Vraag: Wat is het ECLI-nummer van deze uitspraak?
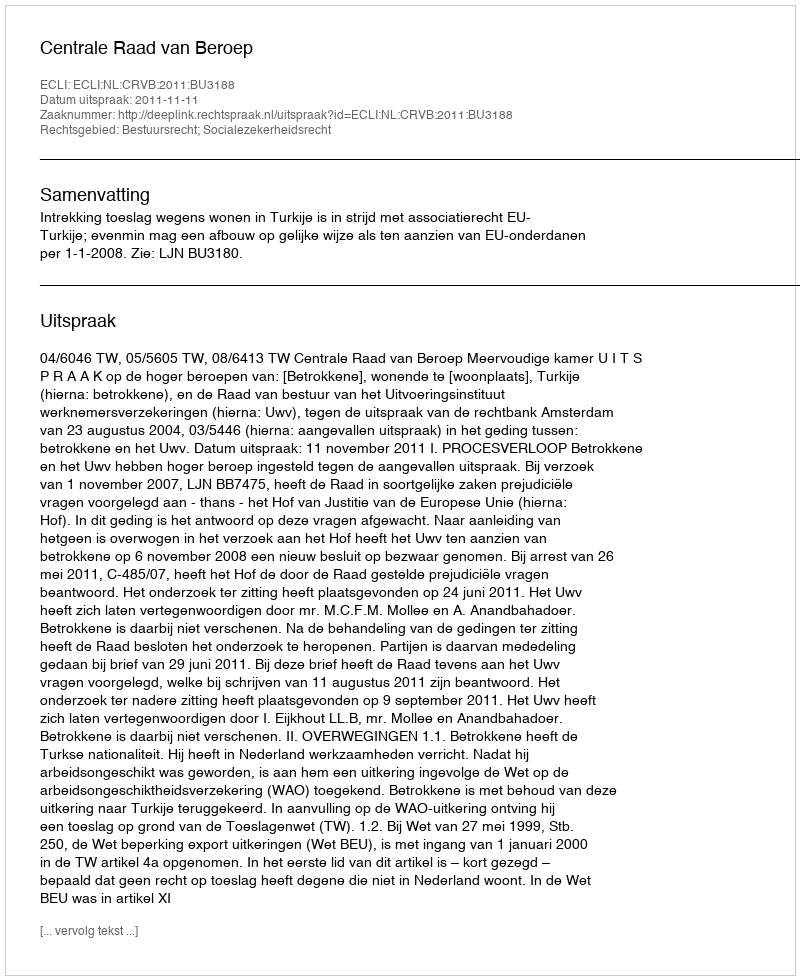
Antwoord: ECLI:NL:CRVB:2011:BU3188